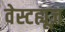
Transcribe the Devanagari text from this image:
वेस्टह्यूज़